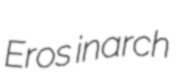
Eros inarch